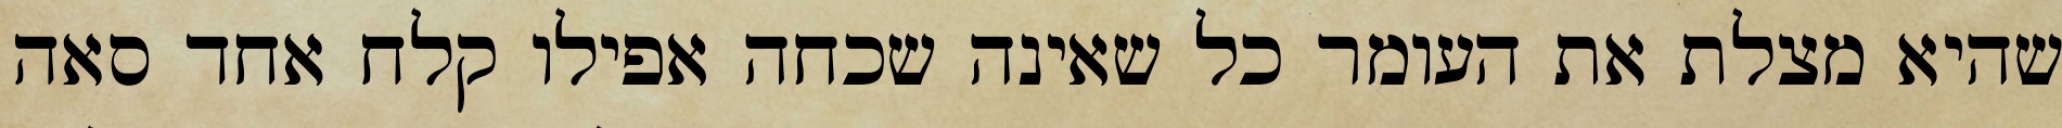
שהיא מצלת את העומר כל שאינה שכחה אפילו קלח אחד סאה